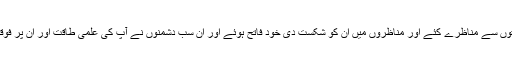
یہ بات شایانِ ذکر ہے کہ امام محمدباقر نے مسیحی ،ازراقہ ،ملحدین اور غالیوں کی جماعتوں سے مناظرے کئے اور مناظروں میں ان کو شکست دی خود فاتح ہوئے اور ان سب دشمنوں نے آپ کی علمی طاقت اور ان پر فوقیت کااعتراف کیا اور ہم یہ سب اپنی کتاب ”حیاةالامام محمد باقر ” میں ذکر کر چکے ہیں ۔